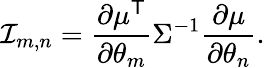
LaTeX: {\mathcal{I}}_{m,n}={\frac{\partial\mu^{\textsf{T}}}{\partial\theta_{m}}}\Sigma^{-1}{\frac{\partial\mu}{\partial\theta_{n}}}.